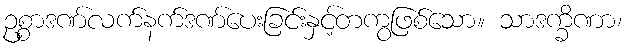
ဥစ္စာဒဏ်လက်နက်ဒဏ်ပေးခြင်းနှင့်တကွဖြစ်သော။ သာဒက္ခိဏာ၊